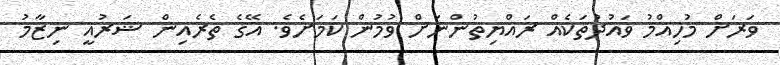
ވަރަށް މުހިއްމު ވައުދުތަކެއް ރައްޔިތުންނަށް ވުމުން ކަމަށެވެ. އޭގެ ތެރެއިން ޝަރުއީ ނިޒާމު